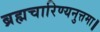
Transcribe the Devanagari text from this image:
ब्रह्मचारिण्यनुत्तमा॥